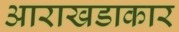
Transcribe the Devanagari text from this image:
आराखडाकार